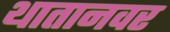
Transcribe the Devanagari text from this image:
थातानवर